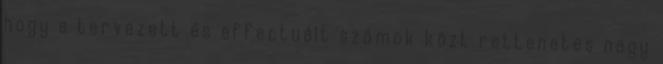
hogy a tervezett és effectuált számok közt rettenetes nagy